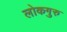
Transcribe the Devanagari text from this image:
लोकगुरु